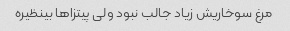
مرغ سوخاریش زیاد جالب نبود ولی پیتزاها بینظیره